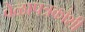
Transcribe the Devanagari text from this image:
वेळापत्रकांशी